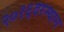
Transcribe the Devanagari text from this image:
२०१६दरम्यान